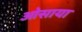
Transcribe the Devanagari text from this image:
ओसाया